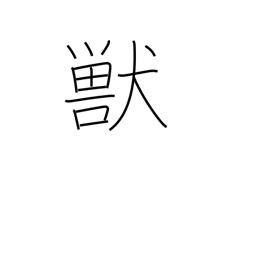
Meaning: animal